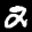
Label: 2